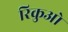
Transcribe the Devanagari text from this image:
रिकुओ